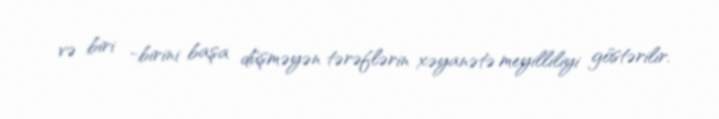
və biri -birini başa düşməyən tərəflərin xəyanətə meyilliliyi göstərilir.